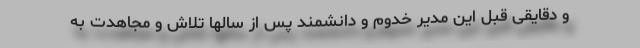
و دقایقی قبل این مدیر خدوم و دانشمند پس از سالها تلاش و مجاهدت به